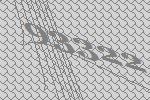
93322